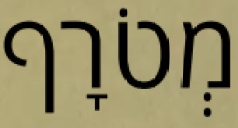
מְטֹרָף